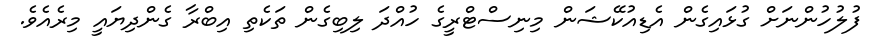
ފުލުހުންނަށް ގުޅައިގެން އެޑިއުކޭޝަން މިނިސްޓްރީގެ ހުއްދަ ލިބިގެން ތަކެތި އިބްރާ ގެންދިޔައީ މިރެއެވެ.